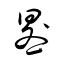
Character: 晷